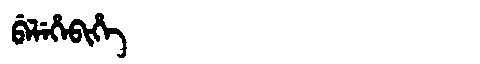
Manchu: ᠪᡝᠯᡝᡥᡝᠪᡳᡥᡝ
Romanization: BELEHEBIHE